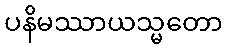
ပနိမဿာယသ္မတော